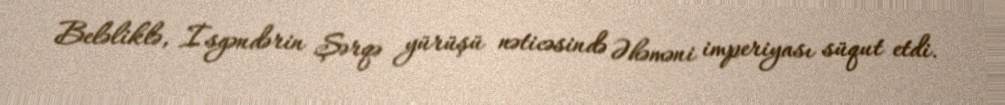
Beləliklə, İsgəndərin Şərqə yürüşü nəticəsində Əhəməni imperiyası süqut etdi.